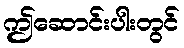
ဤဆောင်းပါးတွင်